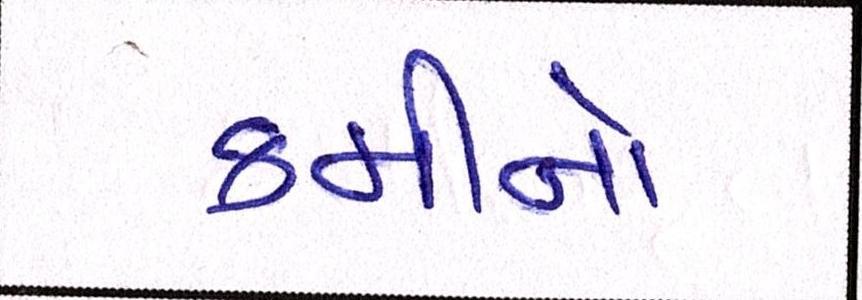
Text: કમીનો